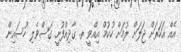
އެއް އަހަރަށް ޖަލަށް ލުމަށް ހުކުމް އިއްވީ ތ. ގާދިއްފުށީ ގަސްވެލި ހުސައިން